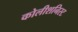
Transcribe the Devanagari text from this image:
कोलीशनिस्ट